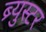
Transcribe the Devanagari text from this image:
ब्र्युस्टर